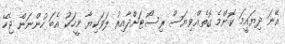
އޭނަ ދިޔައީމަ ކޮންމެ ގޮތެއްވިޔަސް ރިސޯޓަށްދާއިރު ލަވަކިޔާ މީހަކު އެބަ ހުންނަން ޖެހޭ